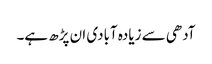
آدھی سے زیادہ آبادی ان پڑھ ہے۔